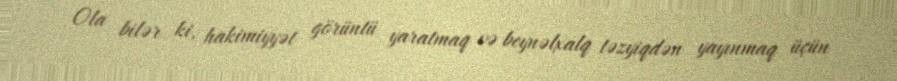
Ola bilər ki, hakimiyyət görüntü yaratmaq və beynəlxalq təzyiqdən yayınmaq üçün